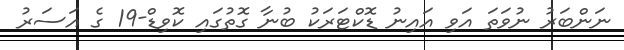
ނަންބަރު ނުވަތަ އަވި އައިނު ޑޮކްޓަރަކު ބުނާ ގޮތުގައި ކޮވިޑް-19 ގެ އަސަރު